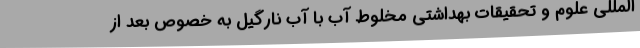
المللی علوم و تحقیقات بهداشتی مخلوط آب با آب نارگیل به خصوص بعد از